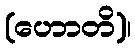
(ဟောတိ)၊